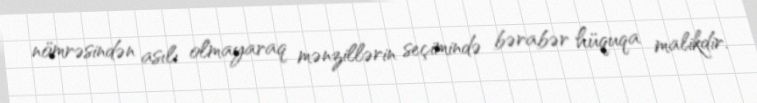
nömrəsindən asılı olmayaraq mənzillərin seçimində bərabər hüquqa malikdir.